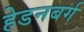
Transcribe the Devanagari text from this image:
हेडनबर्ग